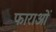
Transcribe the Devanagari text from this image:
फाराओं